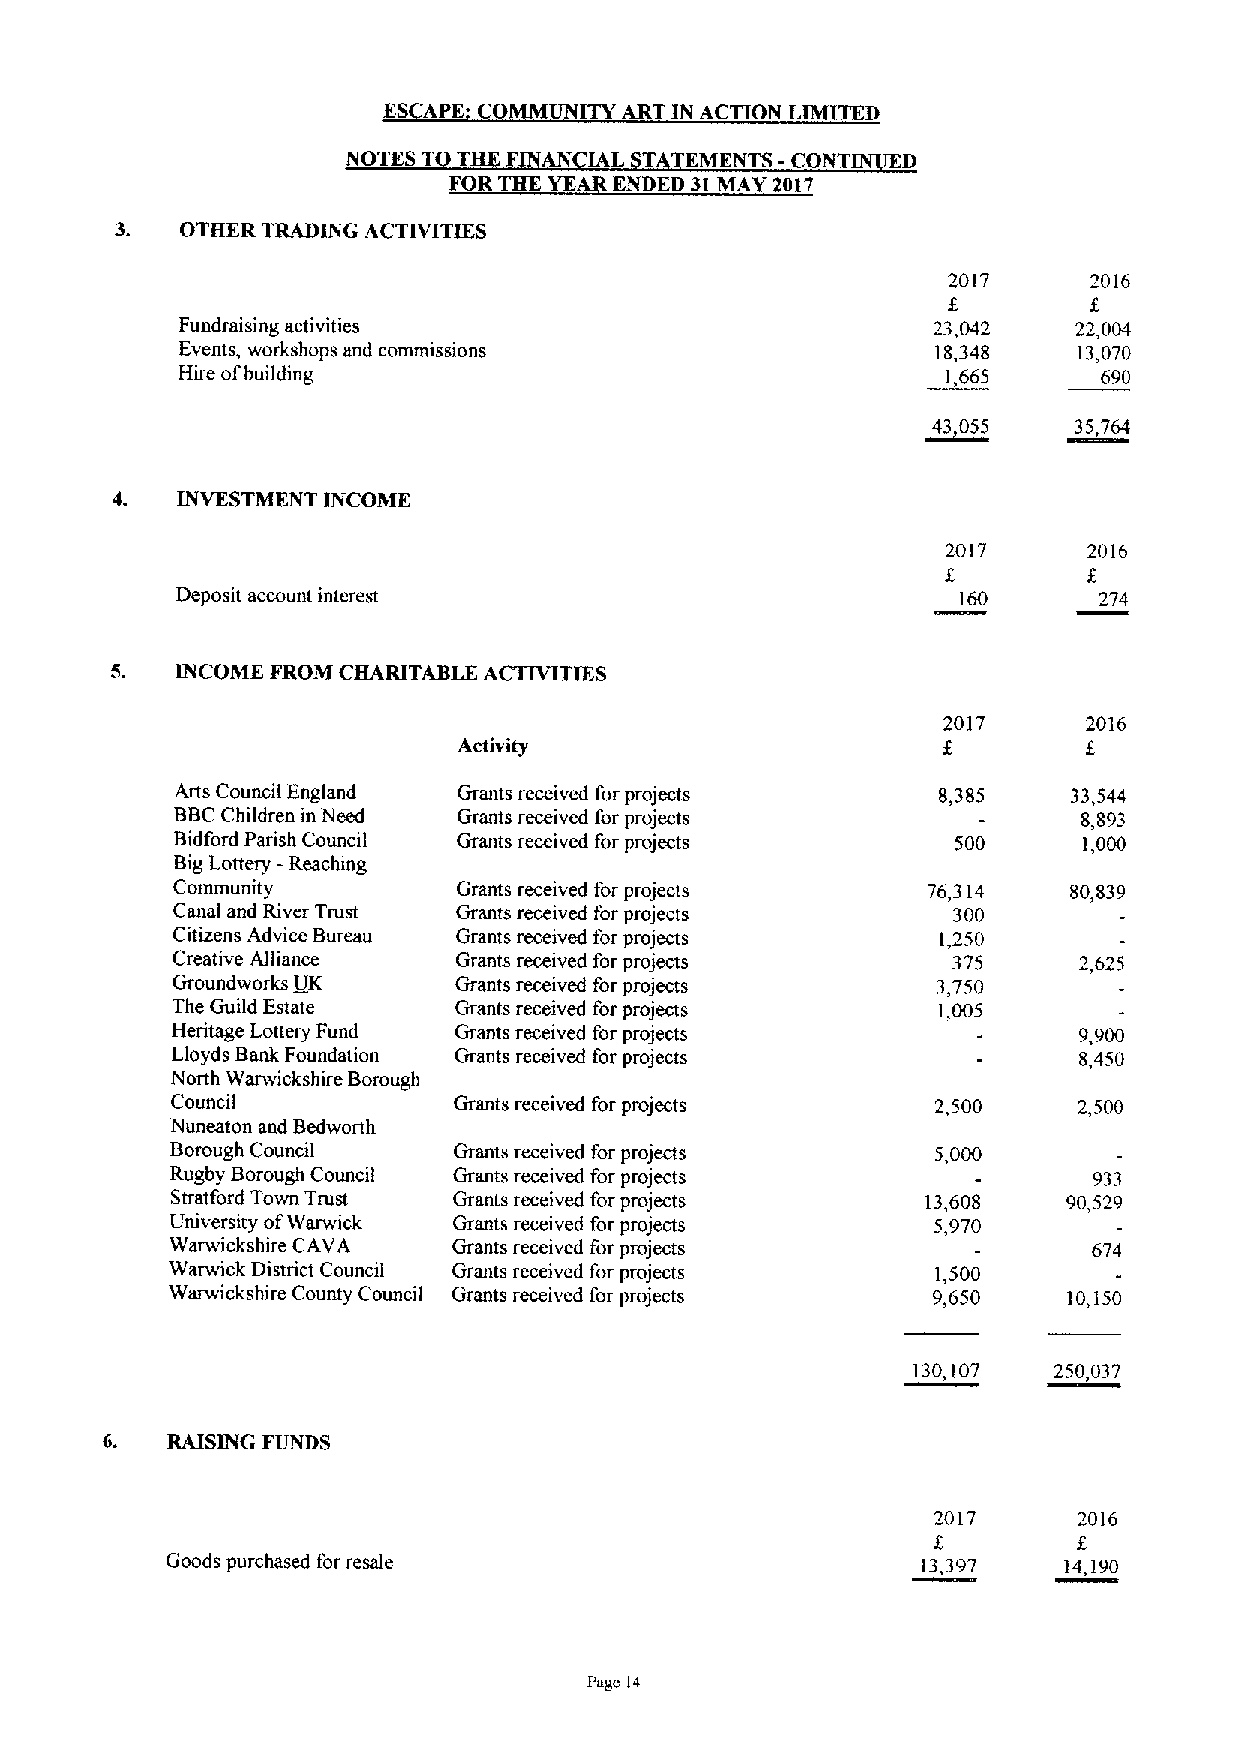
ES APE' CO   ITYART IN ACTION LIMITE
 NOTES T T F  AN IAL T EMENTS - ONT   D
 FOR THE YE ENDED 31MAY 2017
 3.  OTHER TRADING ACTIVITIES
 2017     2016
 Fundraising activities                            23,042   22,004
 Events, workshops and commissions                 18,348   13,070
 Hire of building                                   1,665     690
 43 055   35764
 4.   INVESTMENT INCOME
 2017     2016
 f
 Deposit account interest                           160       274
 5.   U41COME FROM CHARITABLE ACTIVITIES
 2017      2016
 Activity
 Arts Council England Grants received for projects 8,385    33,544
 BBCChildren in Need Grants received for projects            8,893
 Bidford Parish Council Grants received for projects 500      1,000
 BigLottery - Reaching
 Community          Grants received for projects   76,314    80,839
 Canal and River Trust Grants received for projects  300
 Citizens Advice Bureau Grants received for projects 1,250
 Creative Alliance  Grants received for projects     375     2,625
 Groundworks IjK    Grants received for projects    3,750
 The Guild Estate   Grants received for projects    1,005
 Heritage Lottery Fund Grants received for projects          9,900
 Lloyds Bank Foundation Grants received for projects         8,450
 North Warwickshire Borough
 Council            Grants received for projects    2,500    2,500
 Nuneaton and Bedworth
 Borough Council    Grants received for projects    5,000
 Rugby Borough Council Grants received for projects           933
 Stratford Town Trust Grants received for projects 13,608    90,529
 University ofWarwick Grants received for projects  5,970
 Warwickshire CAVA  Grants received for projects              674
 Warwick District Council Grants received for projects 1,500
 Warwickshire County Council Grants received for projects 9,650 10,150
 130,107   250,037
 6.  RAISU41G FUNDS
 2017     2016
 Goods purchased for resale                        13,397   14,190
 Page 14